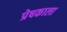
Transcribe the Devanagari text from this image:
प्रेषकाला